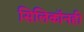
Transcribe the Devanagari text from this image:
सिलिकॉनही